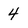
Character: 4